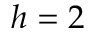
h = 2